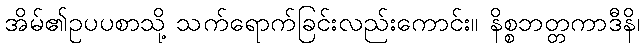
အိမ်၏ဥပပစာသို့ သက်ရောက်ခြင်းလည်းကောင်း။ နိစ္စဘတ္တကာဒီနိ၊